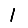
Digit: 1